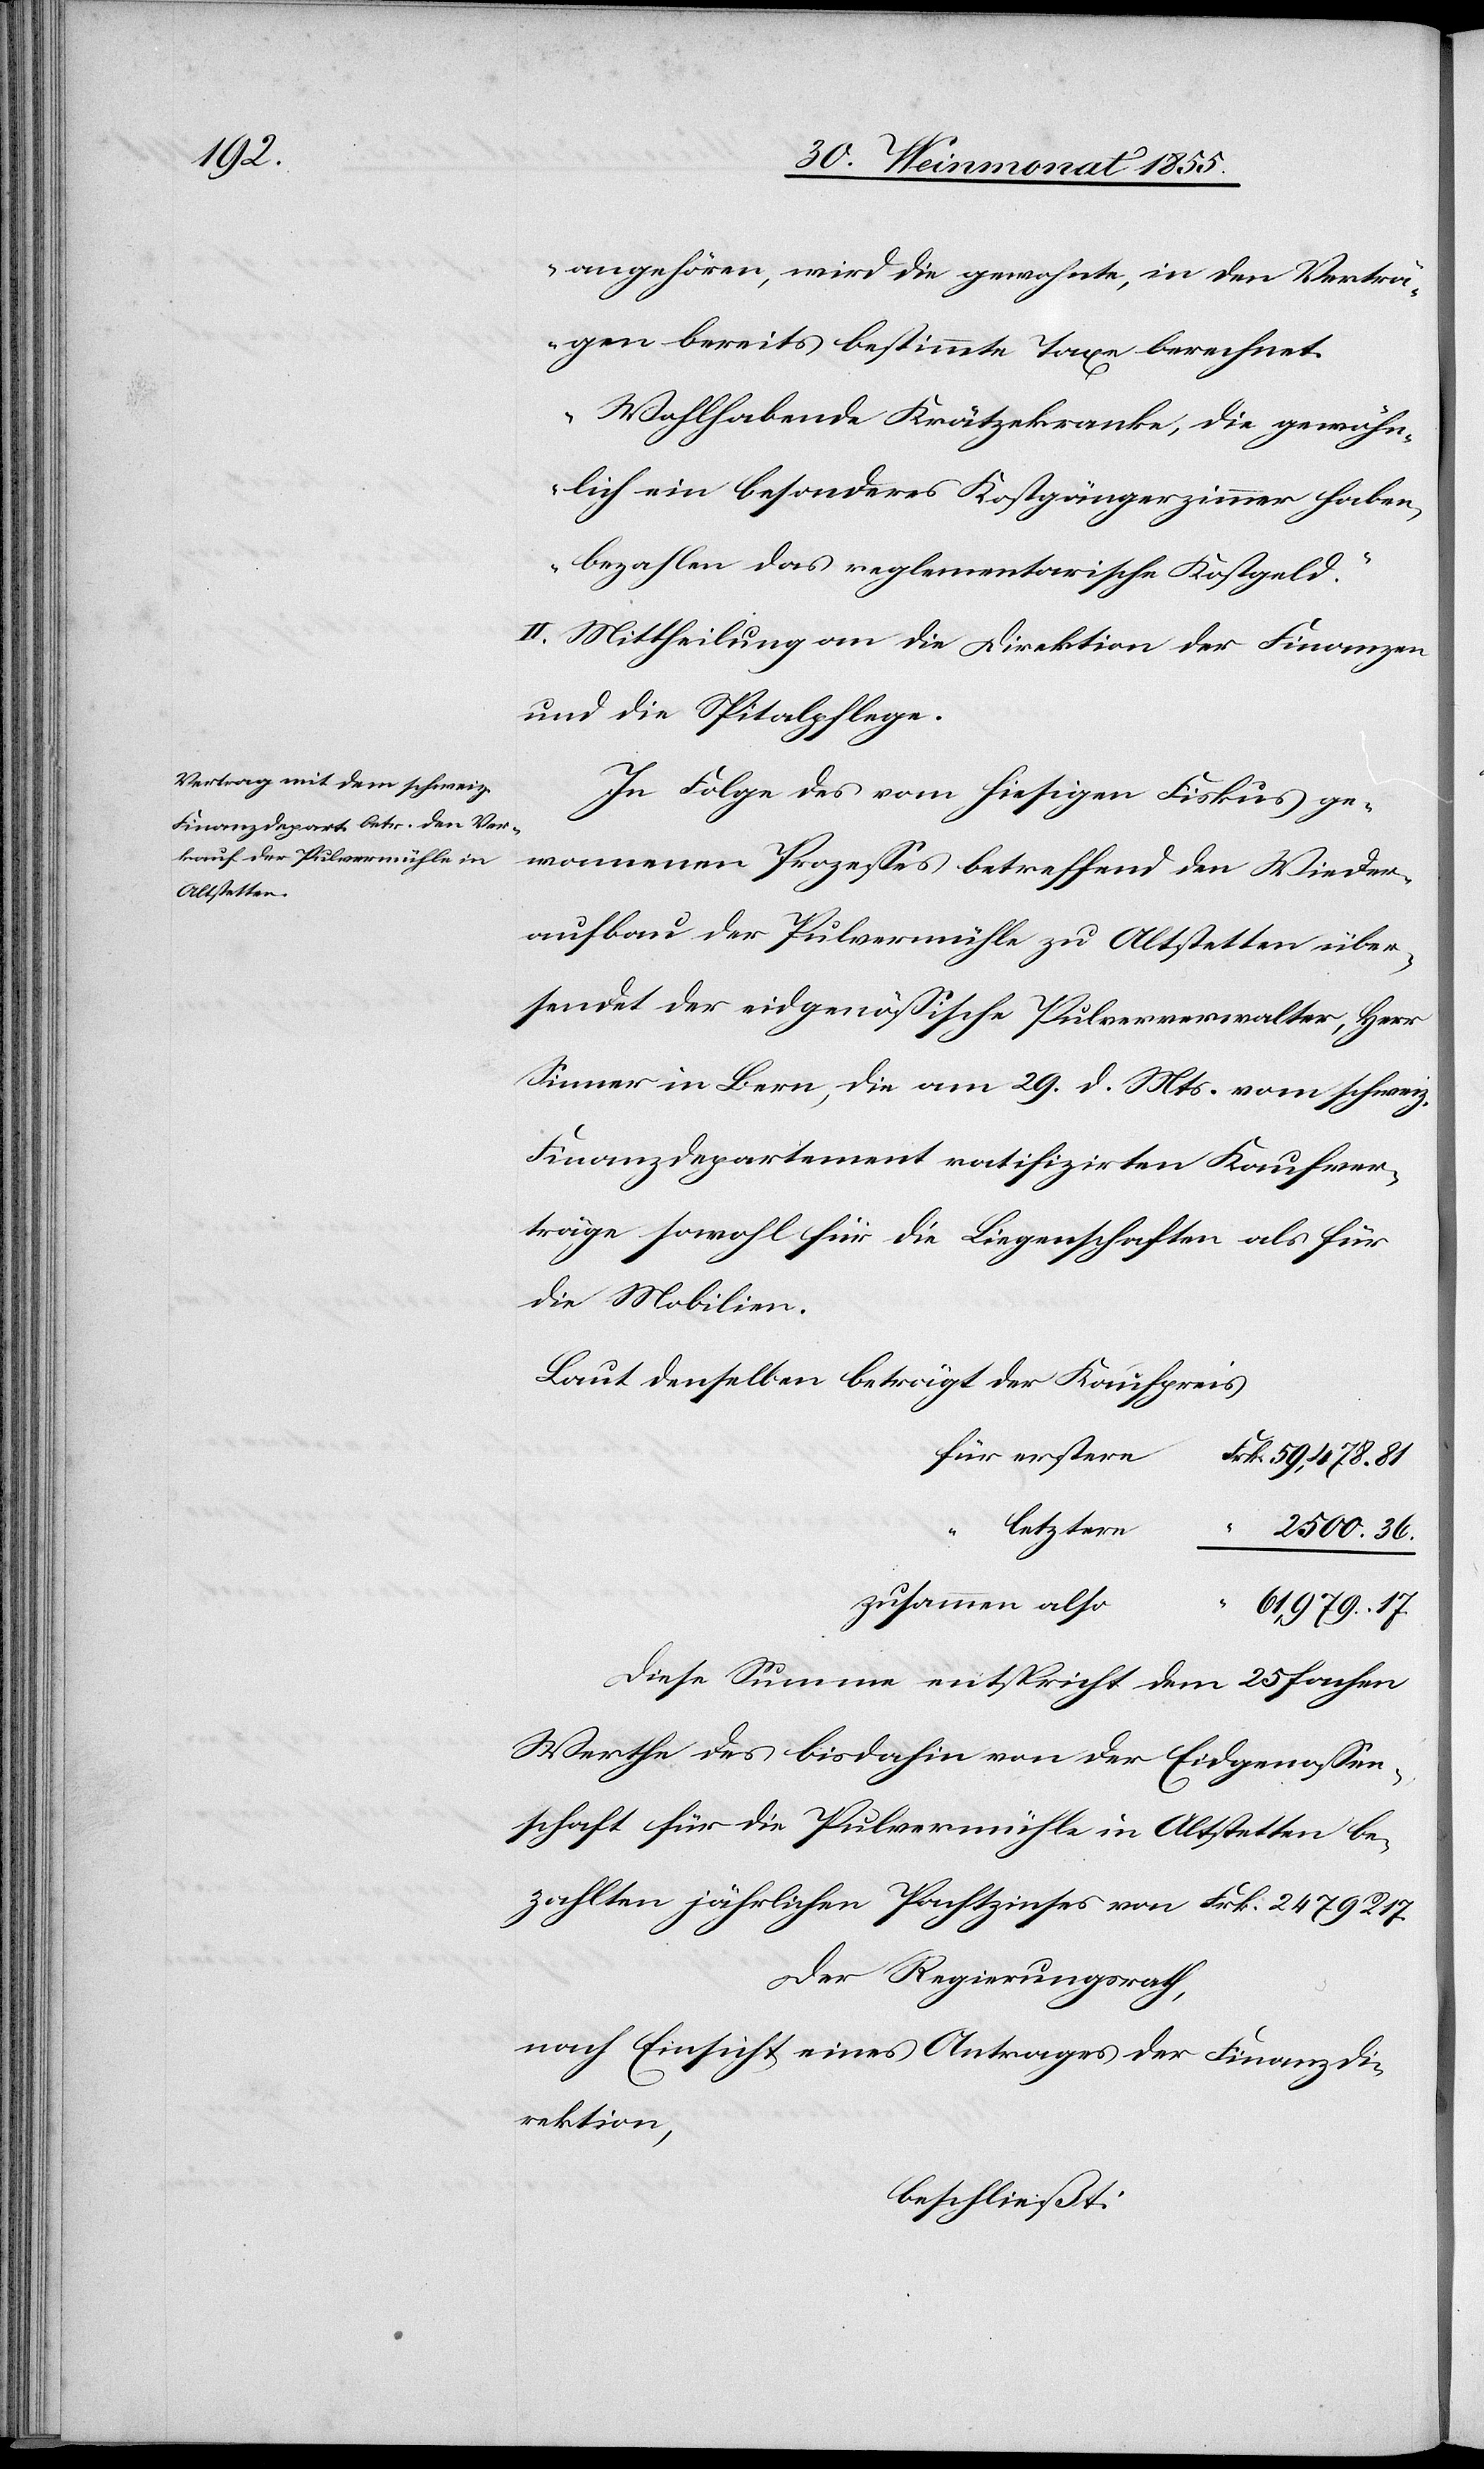
angehören, wird die gewohnte, in den Verträ¬
gen bereits bestimmte Taxe berechnet.
Wohlhabende Krätzekranke, die gewöhn¬
lich ein besonderes Kostgängerzimmer haben,
bezahlen das reglementarische Kostgeld.“
II. Mittheilung an die Direktion der Finanzen
und die Spitalpflege.
In Folge des vom hiesigen Fiskus ge¬
wonnenen Prozesses betreffend den Wieder¬
aufbau der Pulvermühle zu Altstetten über¬
sendet der eidgenössische Pulververwalter, Herr
Sinner in Bern, die am 29. d. Mts. vom schweiz.
Finanzdepartement ratifizirten Kaufver¬
träge sowohl für die Liegenschaften als für
die Mobilien.
Laut denselben beträgt der Kaufpreis
für erstere
Frk. 59,478. 81
letztere
“ 2500. 36.
zusammen also
61,979. 17.
Diese Summe entspricht dem 25 fachen
Werthe des bisdahin von der Eidgenossen¬
schaft für die Pulvermühle in Altstetten be¬
zahlten jährlichen Pachtzinses von Frk. 2479 R.
Der Regierungsrath,
nach Einsicht eines Antrages der Finanzdi¬
rektion,
beschließt: